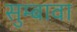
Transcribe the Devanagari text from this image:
सुम्बावा